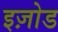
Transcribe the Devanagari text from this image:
इज़ोड